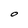
Character: O